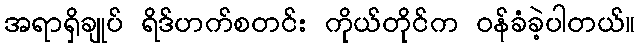
အရာရှိချုပ် ရိဒ်ဟက်စတင်း ကိုယ်တိုင်က ဝန်ခံခဲ့ပါတယ်။